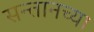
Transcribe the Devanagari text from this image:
सन्तानच्या